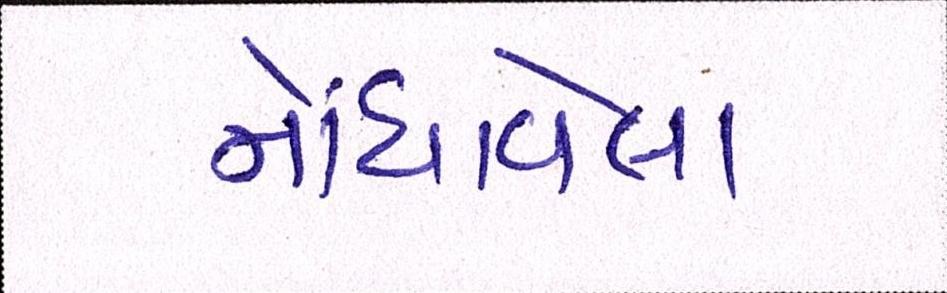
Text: નોંધાવેલા